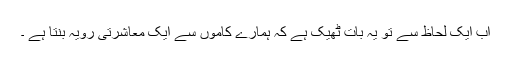
اب ایک لحاظ سے تو یہ بات ٹھیک ہے کہ ہمارے کاموں سے ایک معاشرتی رویہ بنتا ہے ۔